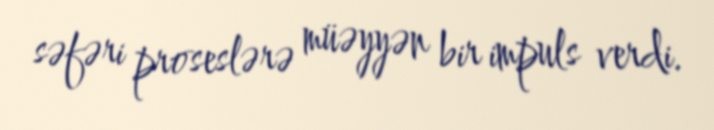
səfəri proseslərə müəyyən bir impuls verdi.